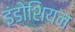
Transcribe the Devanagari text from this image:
इंडोशियन